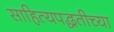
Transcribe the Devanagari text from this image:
साहित्यपद्धतीच्या